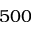
5 0 0